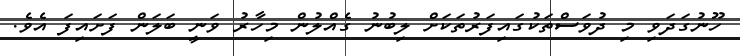
ހޫނުގަދަވި މި ދުވަސްތަކުގައިފަރުތަކަށް ލިބުނު ގެއްލުން މިހާރު ވަނީ ބަލަން ފަށައިފަ އެވެ.